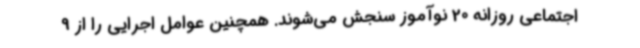
اجتماعی روزانه 20 نوآموز سنجش می‌شوند. همچنین عوامل اجرایی را از 9